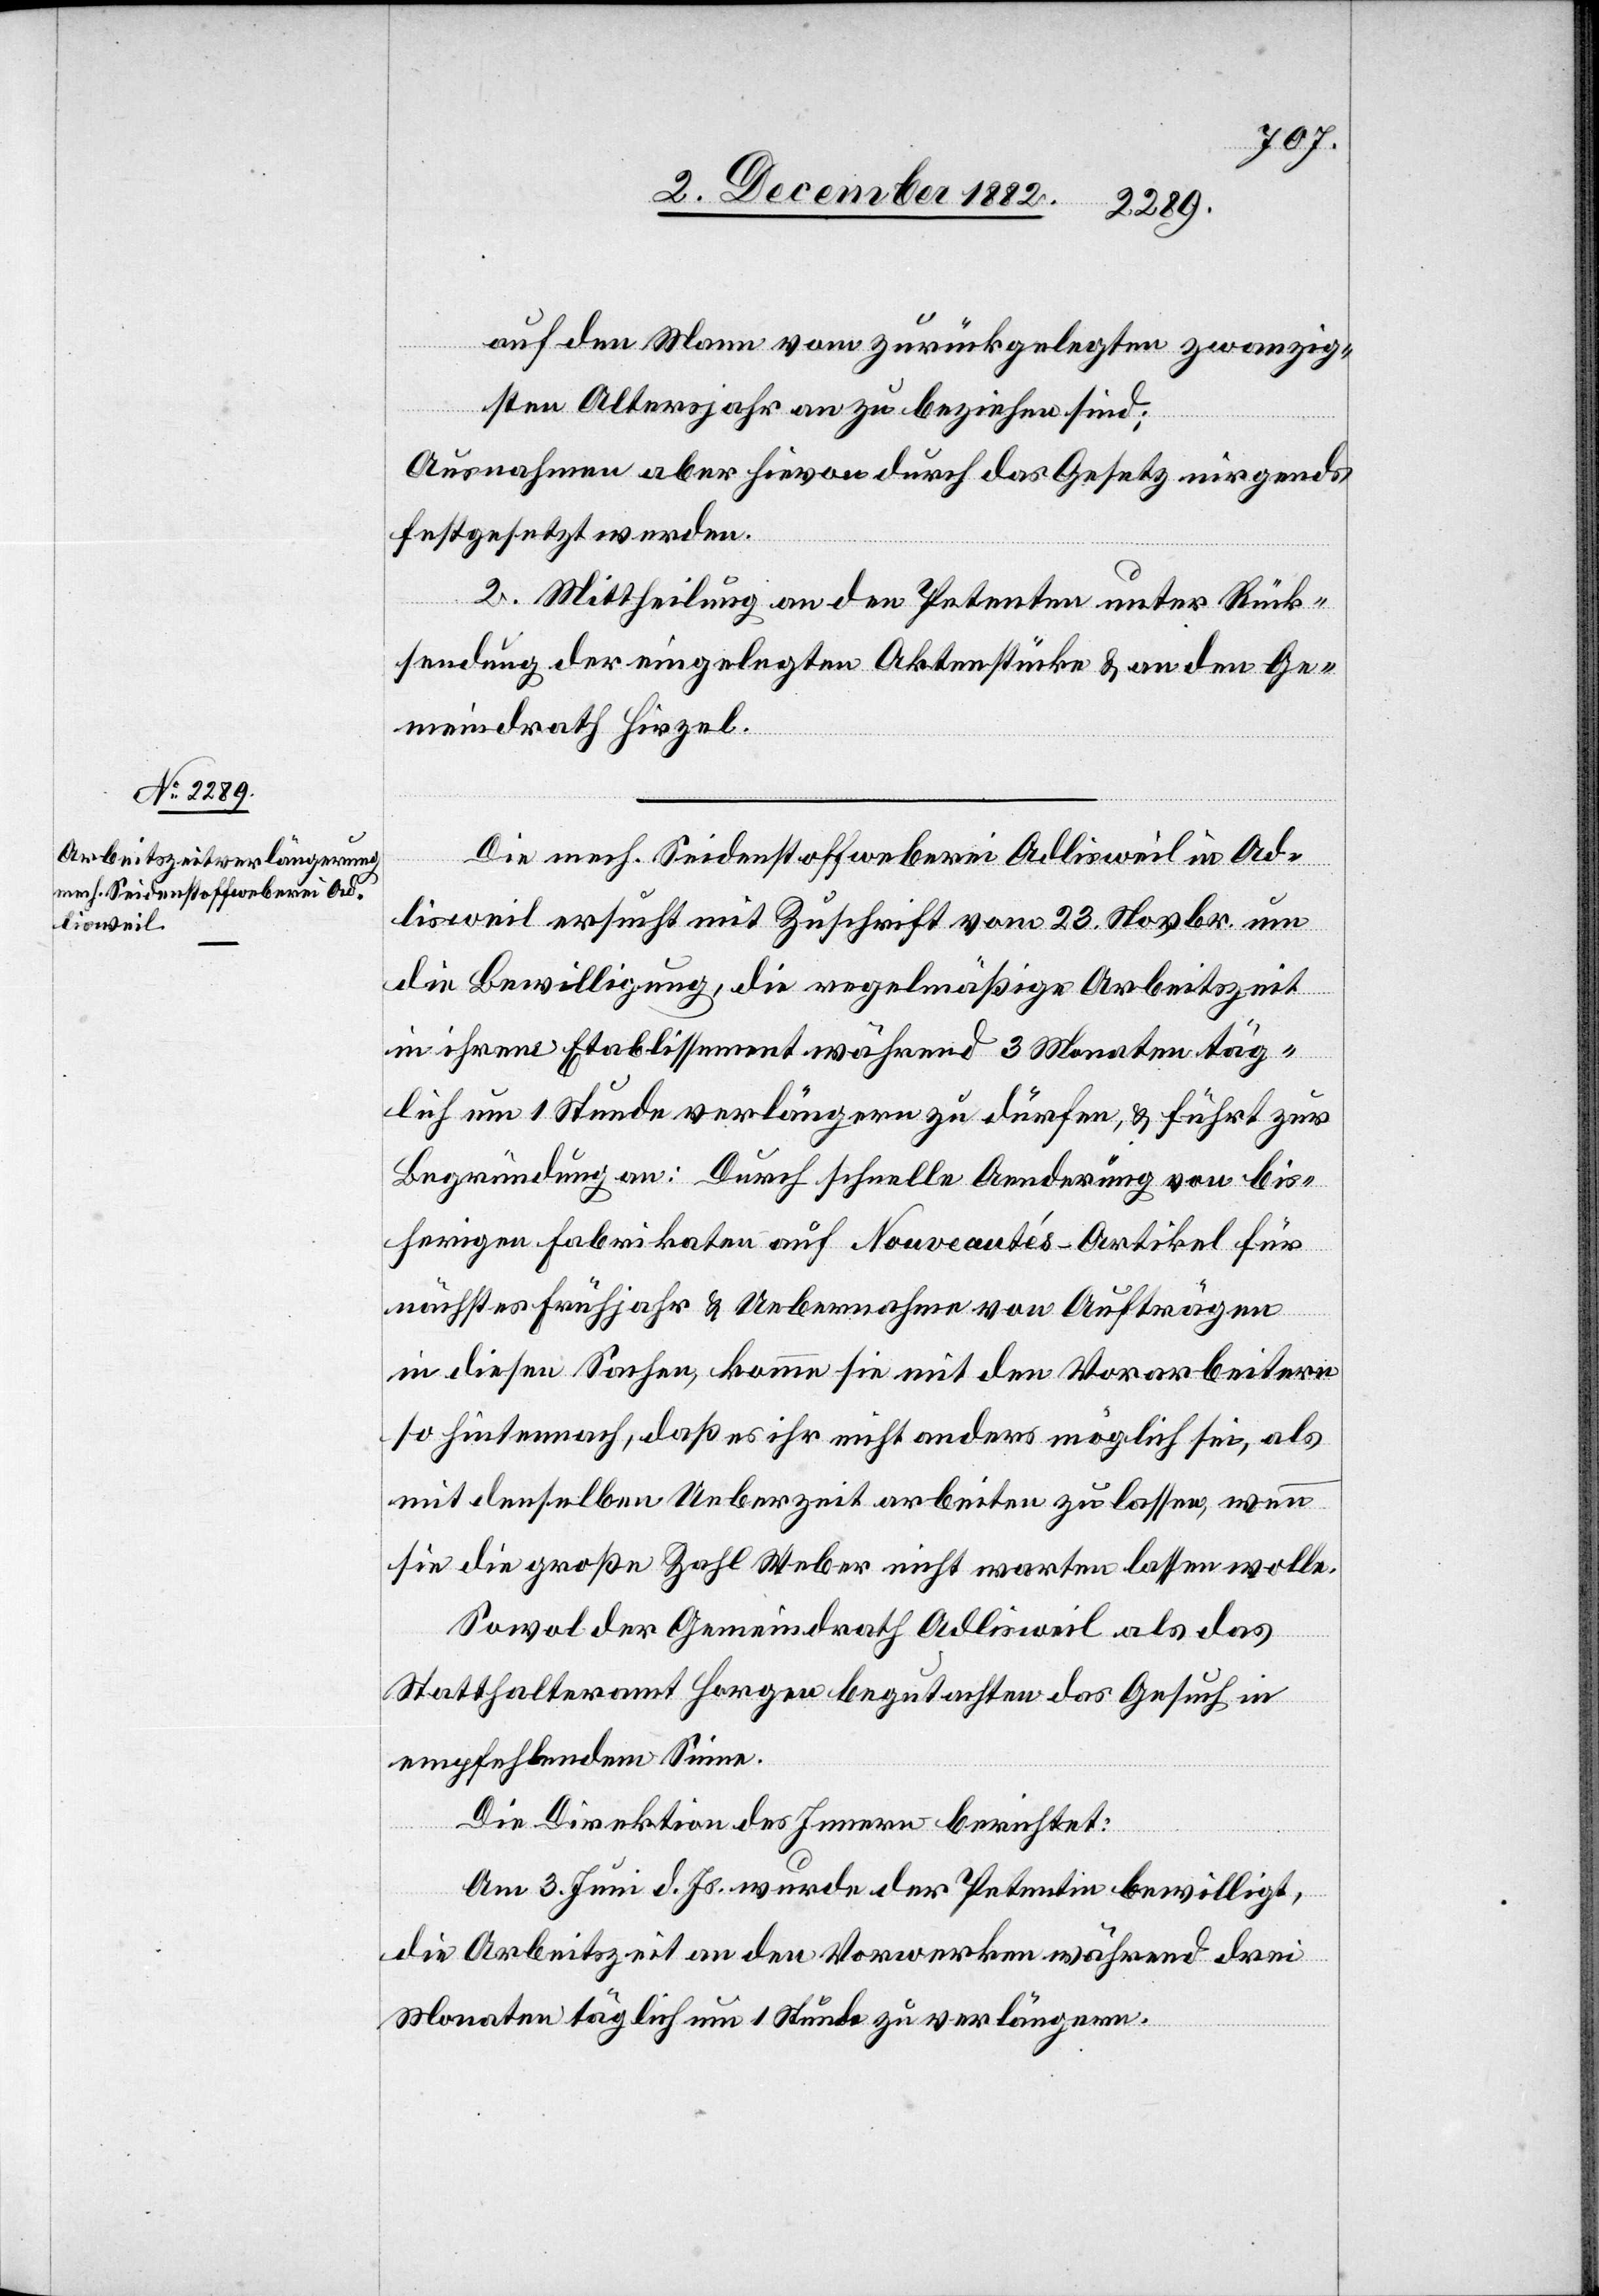
auf den Mann vom zurückgelegten zwanzig¬
sten Altersjahr an zu beziehen sind;
Ausnahmen aber hievon durch das Gesetz nirgends
festgesetzt werden.
2. Mittheilung an den Petenten unter Rück¬
sendung der eingelegten Aktenstücke & an den Ge¬
meindrath Hirzel.
Die mech. Seidenstoffweberei Adlisweil in Ad¬
lisweil ersucht mit Zuschrift vom 23. Novbr. um
die Bewilligung, die regelmäßige Arbeitszeit
in ihrem Etablissement während 3 Monaten täg¬
lich um 1 Stunde verlängern zu dürfen, & führt zur
Begründung an: Durch schnelle Aenderung von bis¬
herigen Fabrikaten auf Nouveautés-Artikel für
nächstes Frühjahr & Uebernahme von Aufträgen
in diesen Sachen, komme sie mit den Vorarbeitern
so hintennach, daß es ihr nicht anders möglich sei, als
mit denselben Ueberzeit arbeiten zu lassen, wenn
sie die große Zahl Weber nicht warten lassen wolle.
Sowol der Gemeindrath Adlisweil als das
Statthalteramt Horgen begutachten das Gesuch in
empfehlendem Sinne.
Die Direktion des Innern berichtet:
Am 3. Juni d. Js. wurde der Petentin bewilligt,
die Arbeitszeit an den Vorwerken während drei
Monaten täglich um 1 Stunde zu verlängern.